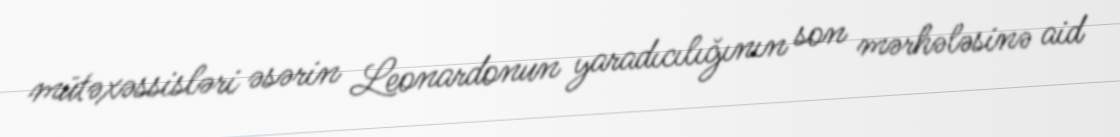
mütəxəssisləri əsərin Leonardonun yaradıcılığının son mərhələsinə aid